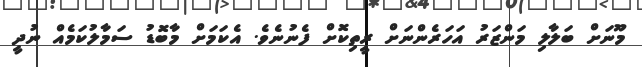
މޫނަށް ބަލާލި މަންޒަރު އަހަރެންނަށް ރީތިކޮށް ފެނުނެވެ. އެކަމަށް މާބޮޑު ސަމާލުކަމެއް ނުދީ